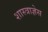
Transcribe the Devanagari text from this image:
शास्त्राज्ञेस